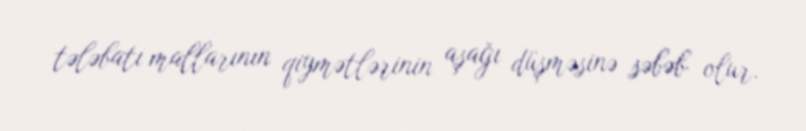
tələbatı mallarının qiymətlərinin aşağı düşməsinə səbəb olur.